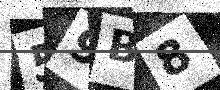
Text: 59B8